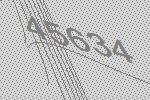
45634